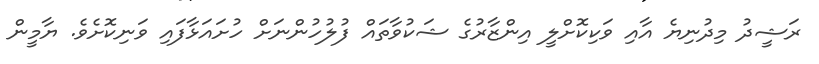
ރަޝީދު މިދުނިޔެ އާއި ވަކިކޮށްލީ އިންޒާރުގެ ޝަކުވާތައް ފުލުހުންނަށް ހުށައަޅާފައި ވަނިކޮށެވެ. ޔާމީން